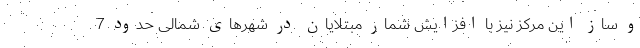
و ساز این مرکز نیز با افزایش شمار مبتلایان در شهرهای شمالی حدود 7